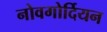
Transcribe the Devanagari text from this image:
नोवगोर्दियन